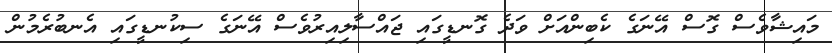
މައިޝާވެސް ގޮސް އޭނަގެ ކެބިންއަށް ވަދެ ގޮނޑީގައި ޖައްސާލިއިރުވެސް އޭނަގެ ސިކުނޑީގައި އެނބުރެމުން